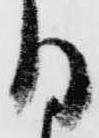
る